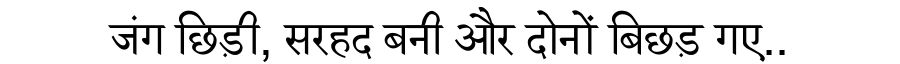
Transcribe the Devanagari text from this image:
जंग छिड़ी, सरहद बनी और दोनों बिछड़ गए..